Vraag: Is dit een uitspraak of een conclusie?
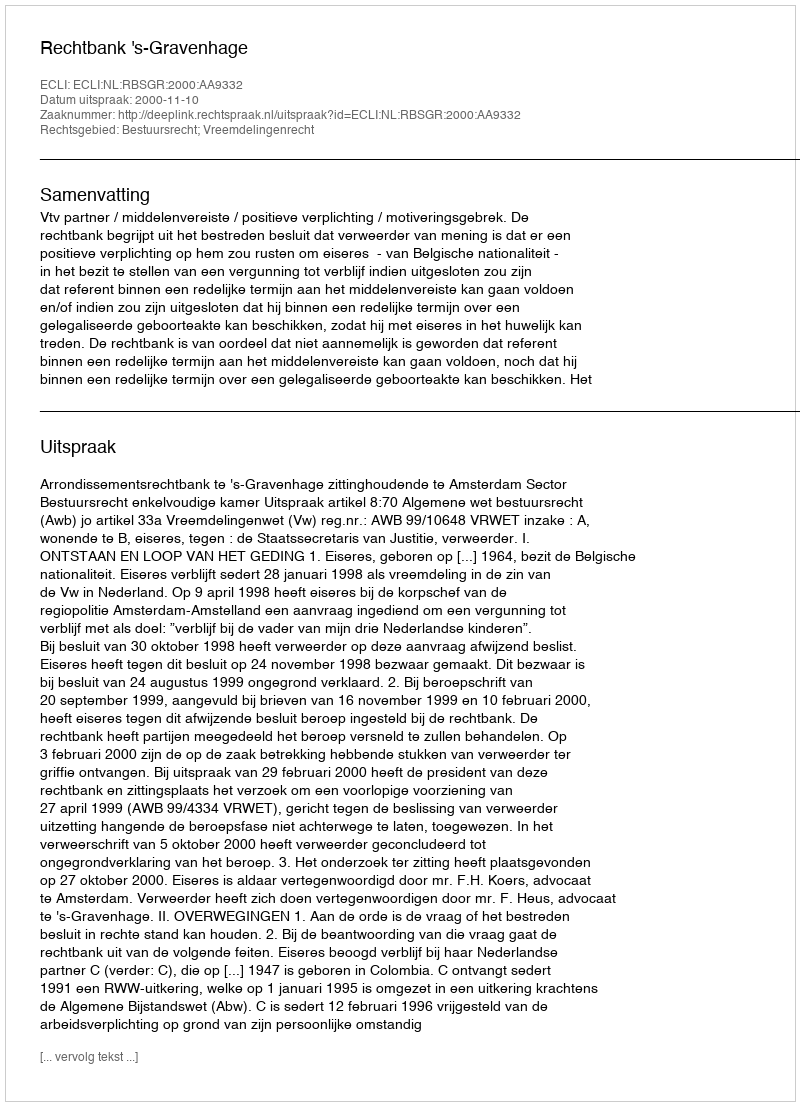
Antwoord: Uitspraak